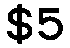
$5